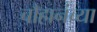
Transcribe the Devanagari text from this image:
चौहानंच्या